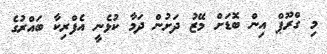
މި ގްރޫޕް އިން ބޮޑަށް މޭޒު ދަށުން ދަމާ ކުޅެނީ އެފްރިކާ ބައްރުގެ